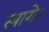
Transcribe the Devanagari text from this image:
त्यागे।